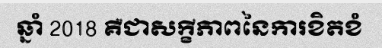
ឆ្នាំ 2018 គឺជាសក្ខីភាពនៃការខិតខំ